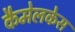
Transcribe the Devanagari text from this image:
कैमेलकेस